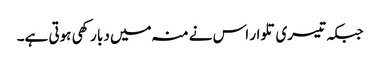
جبکہ تیسری تلوار اس نے منہ میں دبا رکھی ہوتی ہے۔